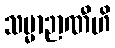
သမ္မာဉာဏီဟိ